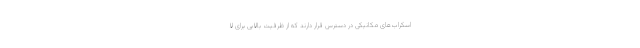
اسکراب‌های مکانیکی در دسترس قرار دارند که از ظرفیت بالایی برای لا